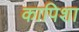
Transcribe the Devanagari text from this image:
कापिशा